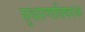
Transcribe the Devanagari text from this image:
सुधारणांविषयक